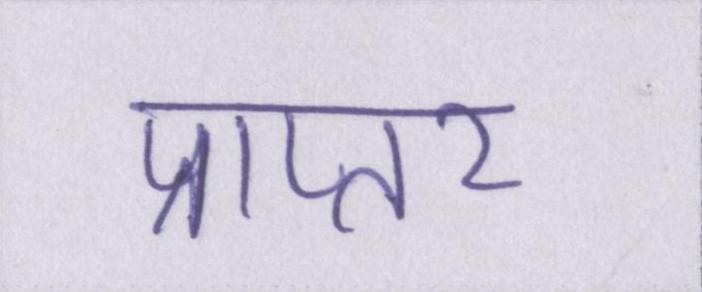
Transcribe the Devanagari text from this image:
प्राप्तर